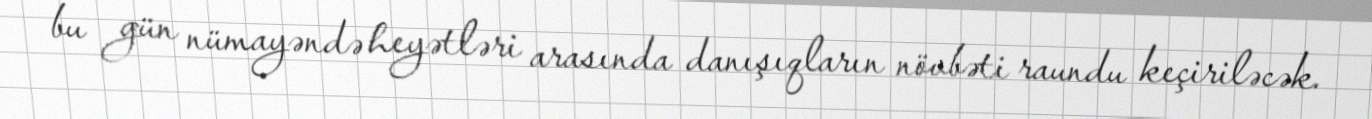
bu gün nümayəndə heyətləri arasında danışıqların növbəti raundu keçiriləcək.